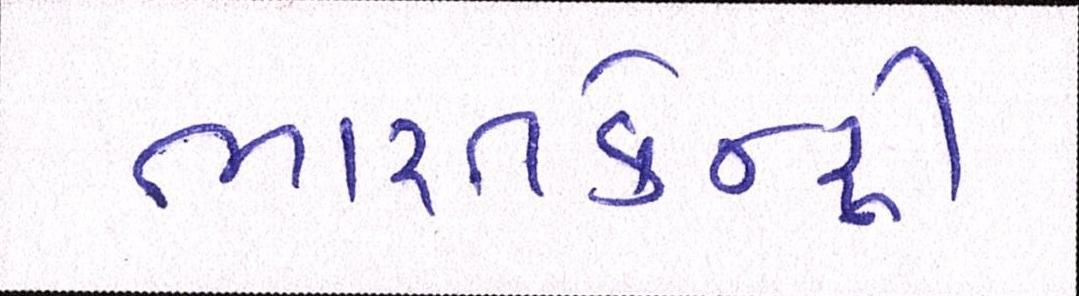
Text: ભારતકેન્દ્રી